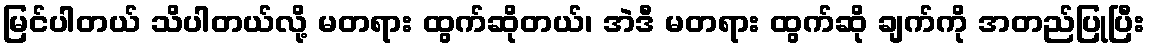
မြင်ပါတယ် သိပါတယ်လို့ မတရား ထွက်ဆိုတယ်၊ အဲဒီ မတရား ထွက်ဆို ချက်ကို အတည်ပြုပြီး